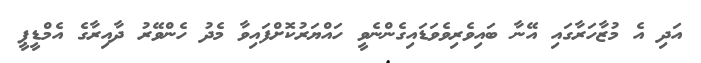
އަދި އެ މުޒާހަރާގައި އޭނާ ބައިވެރިވެވަޑައިގެންނެވީ ހައްޔަރުކޮށްފައިވާ މެދު ހެންވޭރު ދާއިރާގެ އެމްޑީޕީ